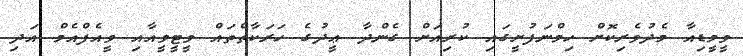
ވީމީޑިއާ މެދުވެރިކޮށް ހިމްނަފުށީގައި ކުރިއަށް ގެންދާ ޢީދުގެ ހަރަކާތްތައް ވީޓީވީއާއި ވީއެފްއެމް އަދި